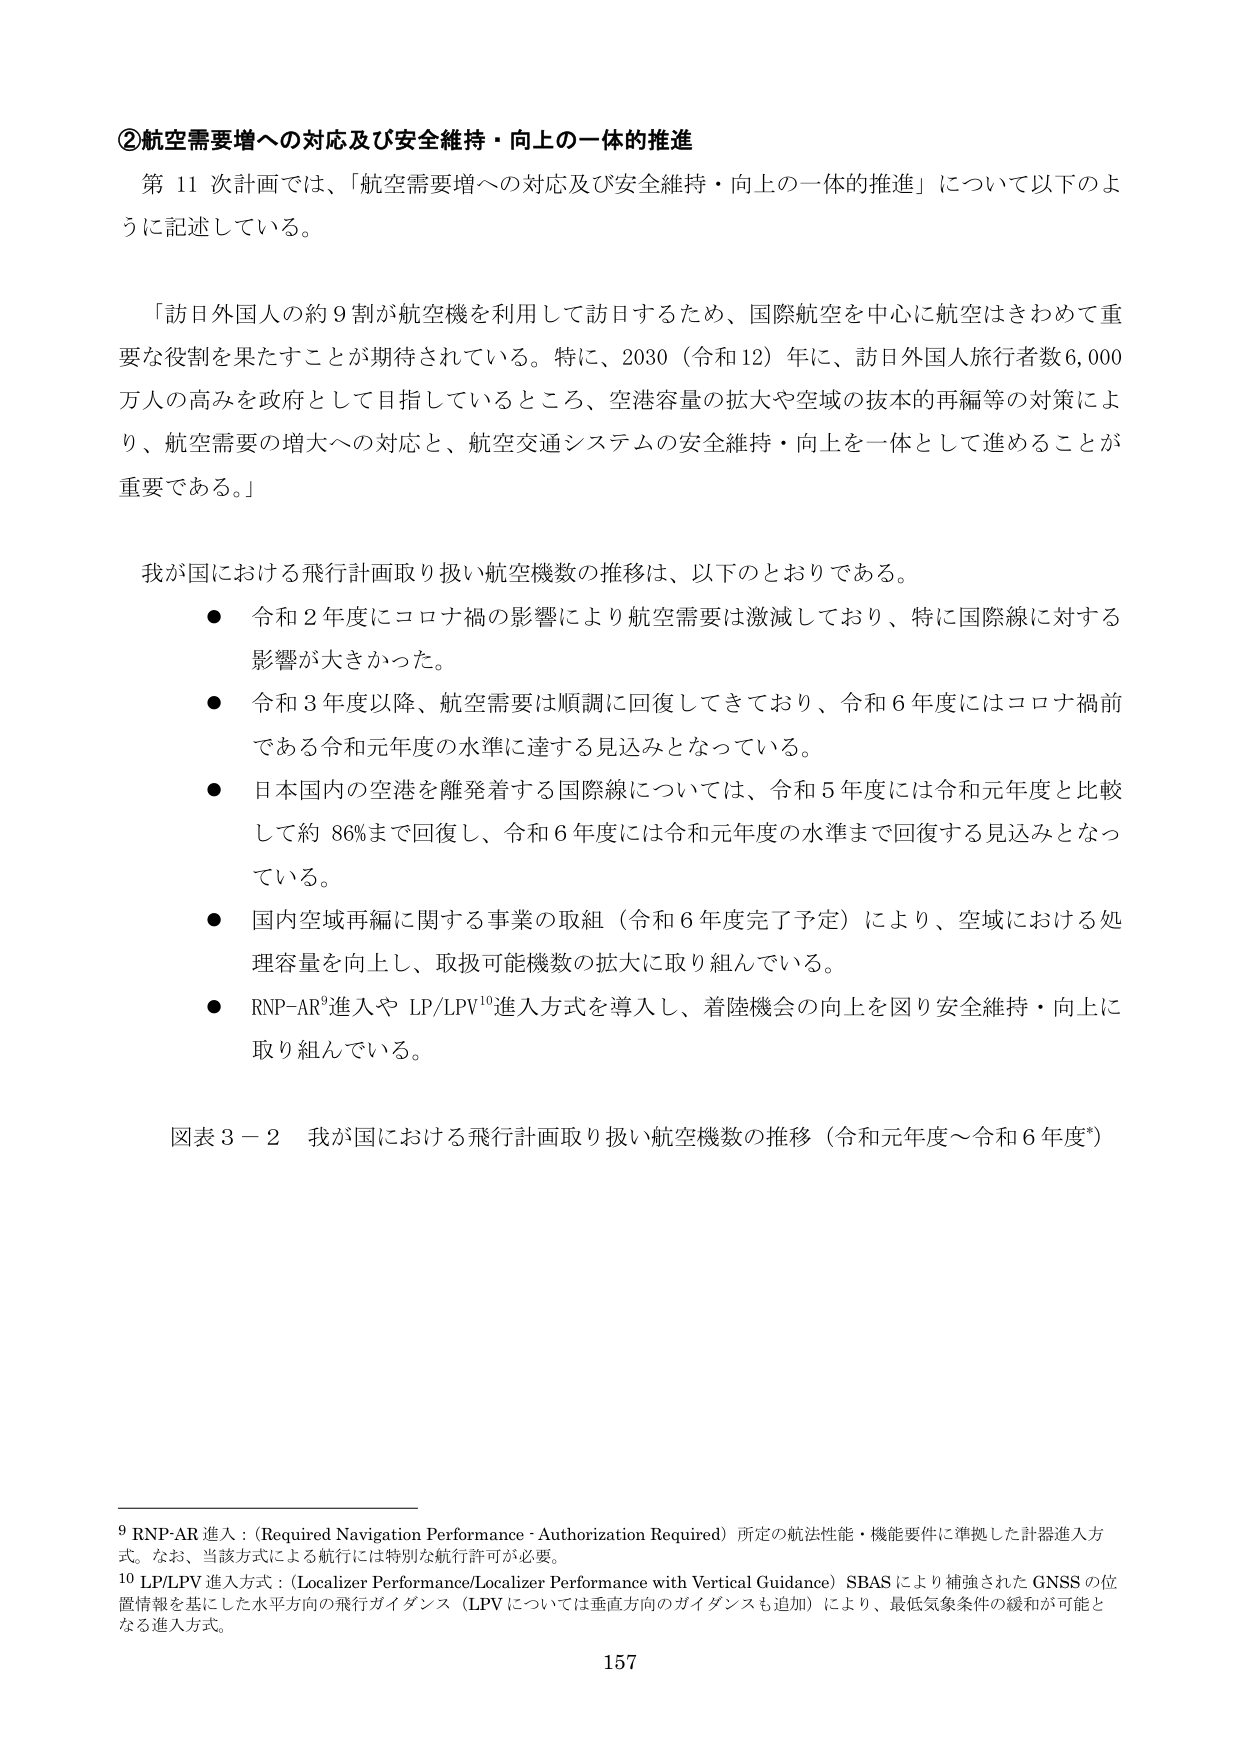
②航空需要増への対応及び安全維持・向上の一体的推進

第11次計画では、「航空需要増への対応及び安全維持・向上の一体的推進」について以下のように記述している。

「訪日外国人の約9割が航空機を利用して訪日するため、国際航空を中心に航空はきわめて重要な役割を果たすことが期待されている。特に、2030（令和12）年に、訪日外国人旅行者数6,000万人の高みを政府として目指しているところ、空港容量の拡大や空域の抜本的再編等の対策により、航空需要の増大への対応と、航空交通システムの安全維持・向上を一体として進めることが重要である。」

我が国における飛行計画取り扱い航空機数の推移は、以下のとおりである。

● 令和2年度にコロナ禍の影響により航空需要は激減しており、特に国際線に対する影響が大きかった。

● 令和3年度以降、航空需要は順調に回復してきており、令和6年度にはコロナ禍前である令和元年度の水準に達する見込みとなっている。

● 日本国内の空港を離発着する国際線については、令和5年度には令和元年度と比較して約86%まで回復し、令和6年度には令和元年度の水準まで回復する見込みとなっている。

● 国内空域再編に関する事業の取組（令和6年度完了予定）により、空域における処理容量を向上し、取扱可能機数の拡大に取り組んでいる。

● RNP-AR⁹進入やLP/LPV¹⁰進入方式を導入し、着陸機会の向上を図り安全維持・向上に取り組んでいる。

図表3－2 我が国における飛行計画取り扱い航空機数の推移（令和元年度～令和6年度*）

⁹ RNP-AR進入：（Required Navigation Performance - Authorization Required）所定の航法性能・機能要件に準拠した計器進入方式。なお、当該方式による航行には特別な航行許可が必要。

¹⁰ LP/LPV進入方式：（Localizer Performance/Localizer Performance with Vertical Guidance）SBASにより補強されたGNSSの位置情報を基にした水平方向の飛行ガイダンス（LPVについては垂直方向のガイダンスも追加）により、最低気象条件の緩和が可能となる進入方式。

157